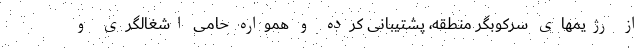
از رژیمهای سرکوبگر منطقه، پشتیبانی کرده و همواره حامی اشغالگری و